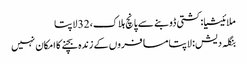
ملائیشیا: کشتی ڈوبنے سے پانچ ہلاک، 32 لاپتا
بنگلہ دیش: لاپتا مسافروں کے زندہ بچنے کا امکان نہیں